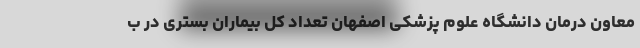
معاون درمان دانشگاه علوم پزشکی اصفهان تعداد کل بیماران بستری در ب